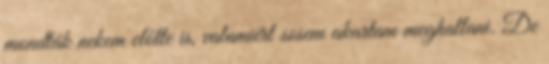
mondták nekem előtte is, valamiért sosem akartam meghallani. De